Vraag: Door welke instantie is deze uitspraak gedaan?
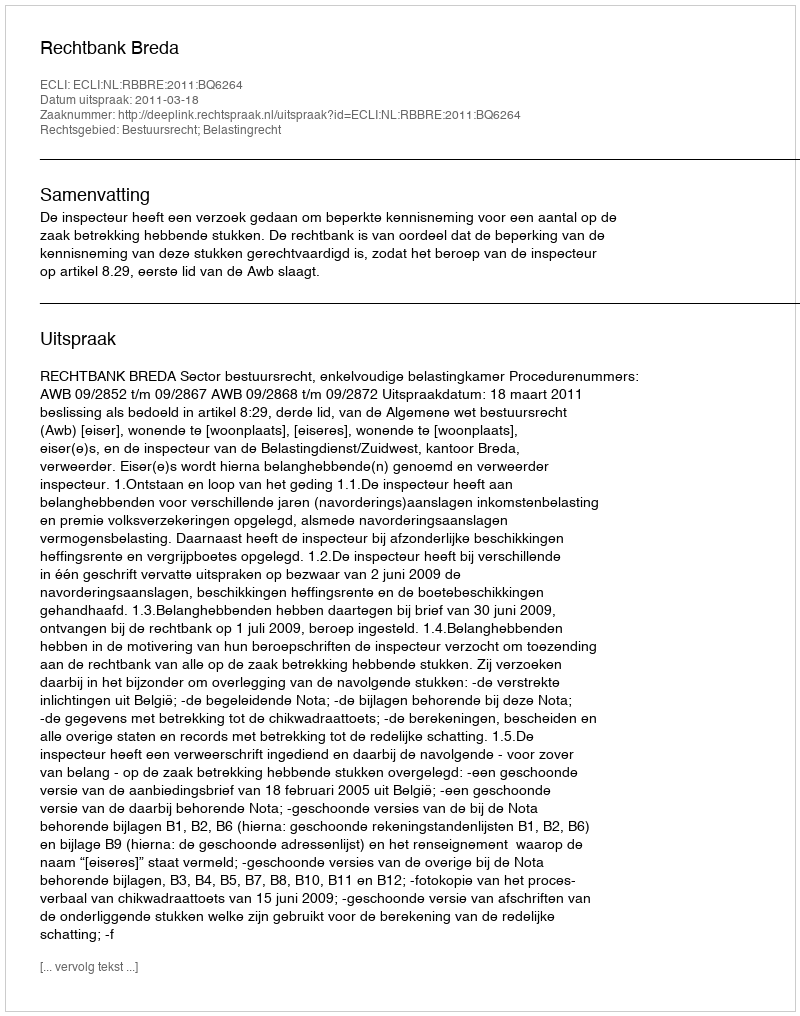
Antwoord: Rechtbank Breda